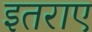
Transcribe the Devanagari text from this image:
इतराए